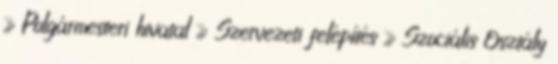
» Polgármesteri hivatal » Szervezeti felépítés » Szociális Osztály